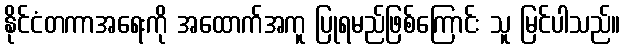
နိုင်ငံတကာအရေးကို အထောက်အကူ ပြုရမည်ဖြစ်ကြောင်း သူ မြင်ပါသည်။